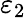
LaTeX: \varepsilon_{2}